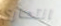
انتحاري